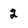
Character: 2